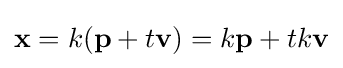
\mathbf {x} =k(\mathbf {p} +t\mathbf {v} )=k\mathbf {p} +tk\mathbf {v}